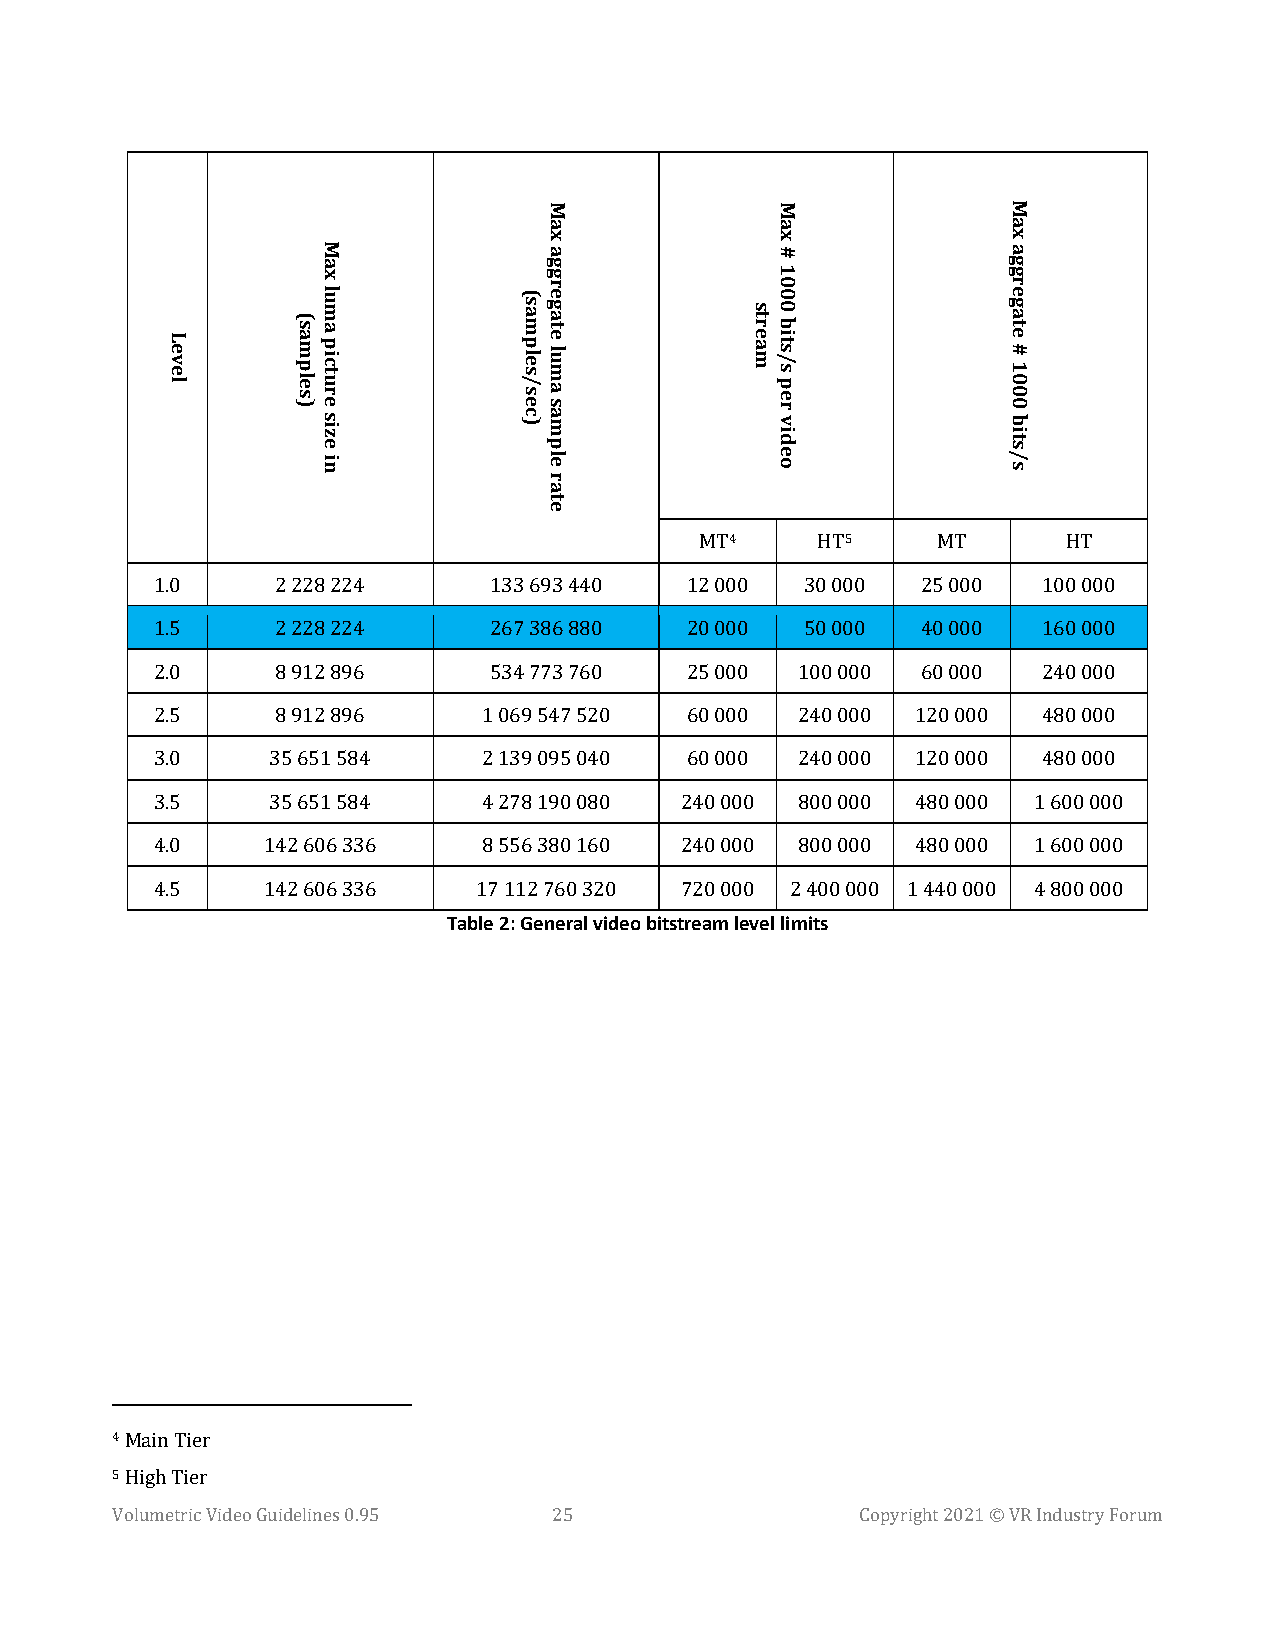
4       5
 MT      HT      MT       HT
 1.0     2 228 224     133 693 440  12 000  30 000  25 000  100 000
 1.5     2 228 224     267 386 880  20 000  50 000  40 000  160 000
 2.0     8 912 896     534 773 760  25 000  100 000 60 000  240 000
 2.5     8 912 896     1 069 547 520 60 000 240 000 120 000 480 000
 3.0     35 651 584    2 139 095 040 60 000 240 000 120 000 480 000
 3.5     35 651 584    4 278 190 080 240 000 800 000 480 000 1 600 000
 4.0    142 606 336    8 556 380 160 240 000 800 000 480 000 1 600 000
 Table 2: General video bitstream level limits
 4.5    142 606 336    17 112 760 320 720 000 2 400 000 1 440 000 4 800 000
 4
 Main Tier
 5
 High Tier
 Volumetric Video Guidelines 0.95 25               Copyright 2021 © VR Industry Forum
 Level
 (samples)
 Max
 luma
 picture
 size
 in
 (samples/sec)
 Max
 aggregate
 luma
 sample
 rate
 stream
 Max
 #
 1000
 bits/s
 per
 video
 Max
 aggregate
 #
 1000
 bits/s